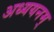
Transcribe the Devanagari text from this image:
अध्ययनम्